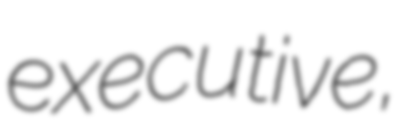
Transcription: executive,